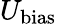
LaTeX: U_{\mathrm{bias}}